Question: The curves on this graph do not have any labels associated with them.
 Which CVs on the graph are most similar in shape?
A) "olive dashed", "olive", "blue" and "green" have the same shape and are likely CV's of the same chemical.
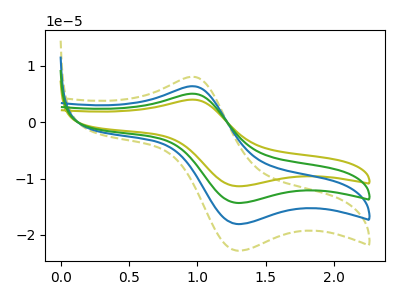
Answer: <think>The olive curve "olive" has an anodic peak at (0.95V, 19.25uA) and a cathodic peak at (1.30V, -54.20uA). The olive dashed curve "olive dashed" has an anodic peak at (0.95V, 8.10uA) and a cathodic peak at (1.30V, -22.80uA). The blue curve "blue" has an anodic peak at (0.95V, 6.40uA) and a cathodic peak at (1.30V, -18.05uA). The green curve "green" has an anodic peak at (0.95V, 12.80uA) and a cathodic peak at (1.30V, -36.10uA).
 All the peaks in "olive" have a peak in "olive dashed" at the same potential. Every peak in "olive" is higher than every peak in "olive dashed". All the peaks in "olive" have a peak in "blue" at the same potential. Every peak in "olive" is higher than every peak in "blue". All the peaks in "olive" have a peak in "green" at the same potential. Every peak in "olive" is higher than every peak in "green". All the peaks in "olive dashed" have a peak in "blue" at the same potential. Every peak in "olive dashed" is higher than every peak in "blue". All the peaks in "olive dashed" have a peak in "green" at the same potential. Every peak in "olive dashed" is lower than every peak in "green". All the peaks in "blue" have a peak in "green" at the same potential. Every peak in "blue" is lower than every peak in "green".</think>
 <answer>A) "olive dashed", "olive", "blue" and "green" have the same shape and are likely CV's of the same chemical.</answer>
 <eval>A</eval>